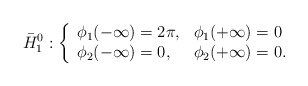
\begin{align*}\bar{H}_1^0 : \left\{ \begin{array}{ll} \phi_1(-\infty) = 2\pi, & \phi_1(+\infty) = 0 \\ \phi_2(-\infty) = 0, & \phi_2(+\infty) = 0. \end{array} \right.\end{align*}